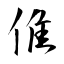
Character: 倠